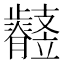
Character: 𣦲